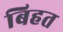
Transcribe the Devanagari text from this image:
बिहत